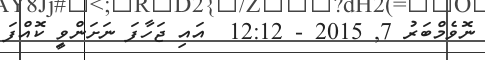
ނޮވެމްބަރު 7